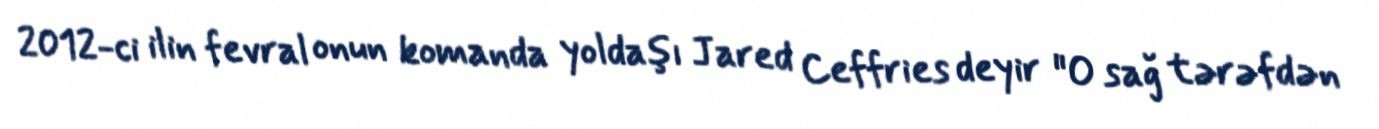
2012-ci ilin fevral onun komanda yoldaşı Jared Ceffries deyir "O sağ tərəfdən